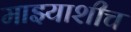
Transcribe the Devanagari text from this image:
माझ्याशीच